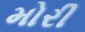
મોરી